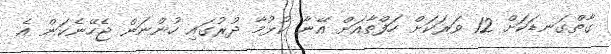
ގާތްގަނޑަކަށް 12 ވަރަކަށް ހަފްތާއަށް އޭނާ ކުޅުމާ ދުރުގައި ހުންނަން ޖެހޭނެކަން އެ